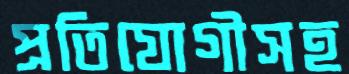
প্রতিযোগীসহ